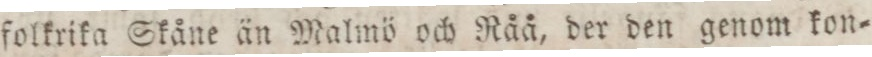
folkrika Skåne än Malmö och Råå, der den genom kon=